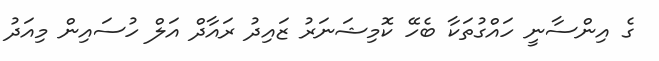
ގެ އިންސާނީ ހައްގުތަކާ ބެހޭ ކޮމިޝަނަރު ޒައިދު ރައާދް އަލް ހުސައިން މިއަދު